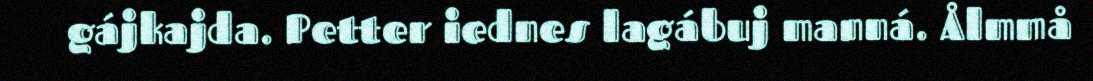
gájkajda. Petter iednes lagábuj manná. Ålmmå